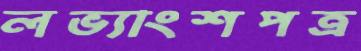
লভ্যাংশপত্র